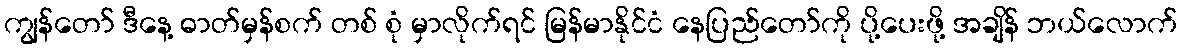
ကျွန်တော် ဒီနေ့ ဓာတ်မှန်စက် တစ် စုံ မှာလိုက်ရင် မြန်မာနိုင်ငံ နေပြည်တော်ကို ပို့ပေးဖို့ အချိန် ဘယ်လောက်